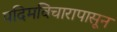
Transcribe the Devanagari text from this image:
पदिमविचारापासून